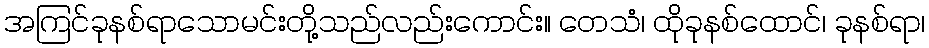
အကြင်ခုနစ်ရာသောမင်းတို့သည်လည်းကောင်း။ တေသံ၊ ထိုခုနစ်ထောင်၊ ခုနစ်ရာ၊